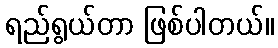
ရည်ရွယ်တာ ဖြစ်ပါတယ်။